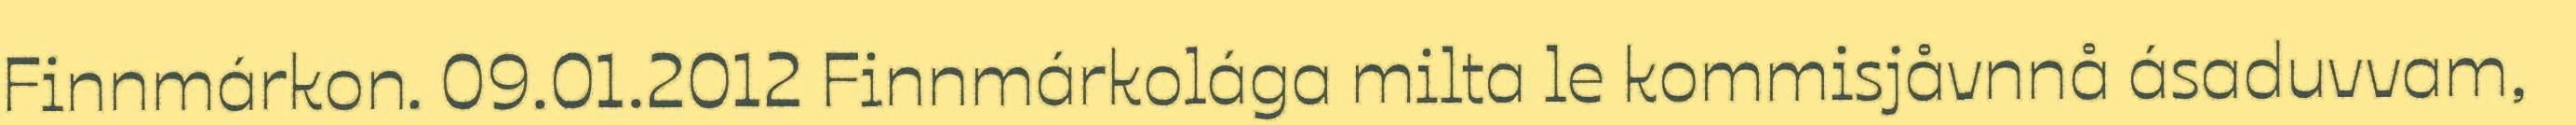
Finnmárkon. 09.01.2012 Finnmárkolága milta le kommisjåvnnå ásaduvvam,